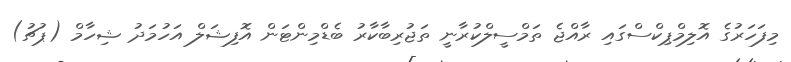
މިފަހަރުގެ އޮލިމްޕިކްސްގައި ރާއްޖެ ތަމްސީލްކުރާނީ ތަޖުރިބާކާރު ބެޑްމިންޓަން އޮފިޝަލް އަހުމަދު ޝިހާމް (ޕުޗު)